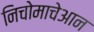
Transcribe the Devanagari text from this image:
निचोमाचेआन